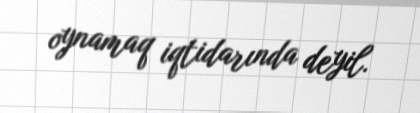
oynamaq iqtidarında deyil.